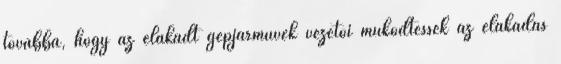
továbbá, hogy az elakadt gépjárművek vezetői működtessék az elakadás